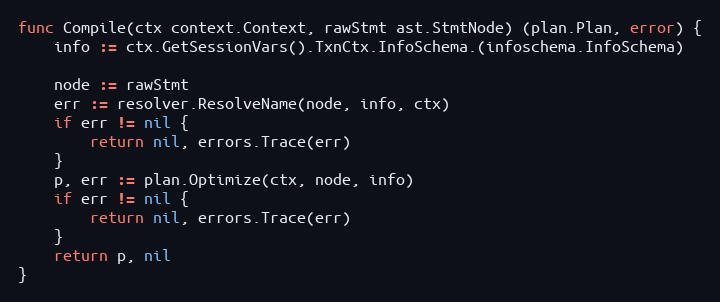
Language: Go
func Compile(ctx context.Context, rawStmt ast.StmtNode) (plan.Plan, error) {
	info := ctx.GetSessionVars().TxnCtx.InfoSchema.(infoschema.InfoSchema)

	node := rawStmt
	err := resolver.ResolveName(node, info, ctx)
	if err != nil {
		return nil, errors.Trace(err)
	}
	p, err := plan.Optimize(ctx, node, info)
	if err != nil {
		return nil, errors.Trace(err)
	}
	return p, nil
}